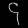
Digit: ၄